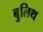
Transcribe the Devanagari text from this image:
बुलिथ